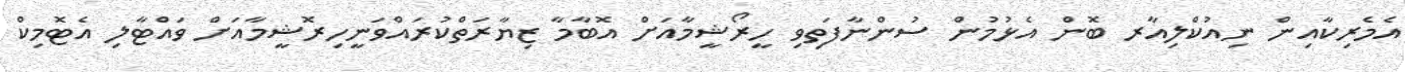
އެމެރިކާއިން ނިއުކްލިއާރ ބޮން އެޅުމުން ސުންނާފަތިވި ހީރޯޝީމާއަށް އޮބާމާ ޒިޔާރަތްކުރައްވަނީހިރޮޝީމާއަށް ވައްޓާލި އެޓޮމިކް